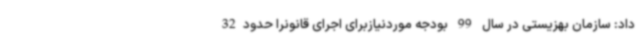
داد: سازمان بهزیستی در سال 99 بودجه موردنیازبرای اجرای قانونرا حدود32